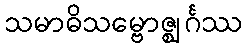
သမာဓိသမ္ဗောဇ္ဈင်္ဂဿ